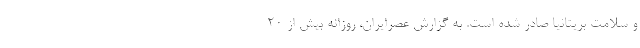
و سلامت بریتانیا صادر شده است. به گزارش عصرایران، روزانه بیش از 20